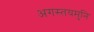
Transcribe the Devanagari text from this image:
अगस्तयमुनि